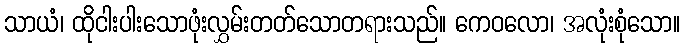
သာယံ၊ ထိုငါးပါးသောဖုံးလွှမ်းတတ်သောတရားသည်။ ကေဝလော၊ အလုံးစုံသော။